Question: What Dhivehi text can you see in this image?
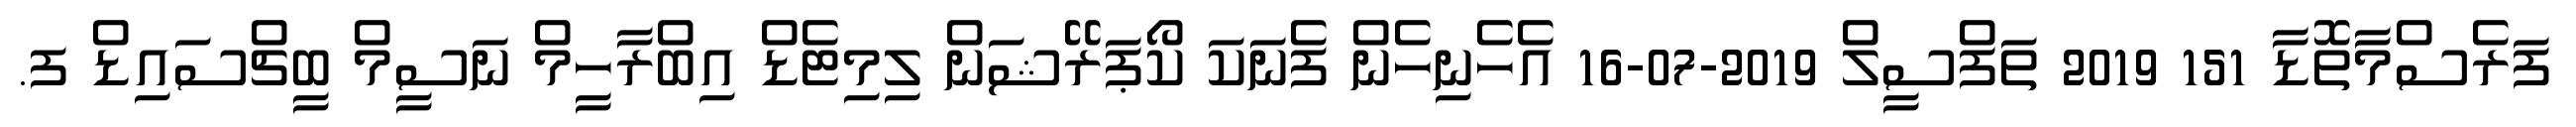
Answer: ފަރެސްމާތޮޑާ 151 2019 ތަފްސީލް 2019-07-16 އެހެނިހެން ފެނަކަ ކޯޕަރޭޝަން ލިމިޓެޑް އިބްރާހީމް ނަސީމް ބީޗްސައިޑް ފ.